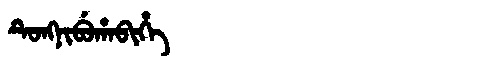
Manchu: ᡨᡠᠩᠨᡳᠪᡠᡥᠠᠪᡳᡥᡝ
Romanization: TUNGNIBUHABIHE